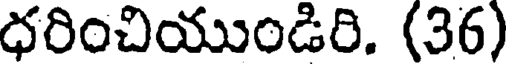
ధరించియుండిరి. (36)